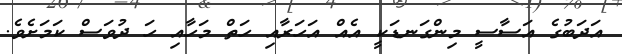
އަދަބުގެ އަސާސީ މިންގަނޑަކީ އެއް އަހަރާއި ހަތް މަހާއި ހަ ދުވަސް ކަމަށެވެ.